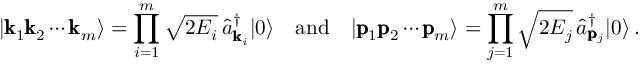
| \pmb { \mathrm { k } } _ { 1 } \pmb { \mathrm { k } } _ { 2 } \cdots \pmb { \mathrm { k } } _ { m } \rangle = \prod _ { i = 1 } ^ { m } \sqrt { 2 E _ { i } } \, \hat { a } _ { \pmb { \mathrm { k } } _ { i } } ^ { \dagger } | 0 \rangle \quad \mathrm { a n d } \quad | \pmb { \mathrm { p } } _ { 1 } \pmb { \mathrm { p } } _ { 2 } \cdots \pmb { \mathrm { p } } _ { m } \rangle = \prod _ { j = 1 } ^ { m } \sqrt { 2 E _ { j } } \, \hat { a } _ { \pmb { \mathrm { p } } _ { j } } ^ { \dagger } | 0 \rangle \, .